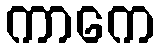
ကာကေ